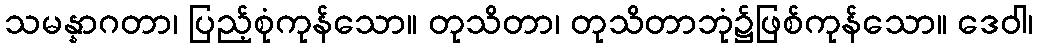
သမန္နာဂတာ၊ ပြည့်စုံကုန်သော။ တုသိတာ၊ တုသိတာဘုံ၌ဖြစ်ကုန်သော။ ဒေဝါ၊